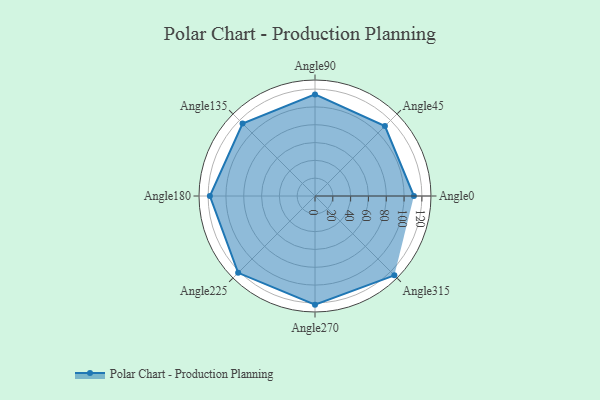
{"axis": {"x": "Angle", "y": "Radius"}, "legend": [""], "data": [{"x": "Angle0", "y": 111.0, "type": ""}, {"x": "Angle45", "y": 111.0, "type": ""}, {"x": "Angle90", "y": 114.0, "type": ""}, {"x": "Angle135", "y": 115.0, "type": ""}, {"x": "Angle180", "y": 118.0, "type": ""}, {"x": "Angle225", "y": 122.0, "type": ""}, {"x": "Angle270", "y": 122.0, "type": ""}, {"x": "Angle315", "y": 126.0, "type": ""}]}